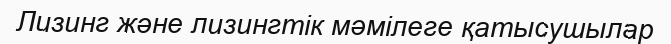
Лизинг және лизингтік мәмілеге қатысушылар